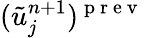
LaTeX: (\tilde{u}_{j}^{n+1})^{\mathrm{~p~r~e~v~}}